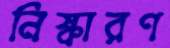
নিষ্কারণ